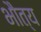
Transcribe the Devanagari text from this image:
भौत्य